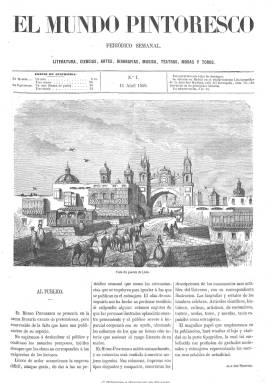
Título: El Mundo pintoresco
Otros títulos: Mundo pintoresco, ilustración española
Colección: Semanarios de amenidades || Cultura
Ámbito geográfico: Madrid
Lugar de publicación: Madrid
Fechas: 11/04/1858-30/12/1860

Subtitulado “periódico semanal: literatura, ciencias, artes, biografías, música, teatros, modas y toros”, es una revista ilustrada que comienza a publicarse el 11 de abril de 1858, dirigida y editada por Juan José Martínez, de cuya imprenta y litografía salía todos los domingos en números de ocho páginas, acompañada, generalmente, de un suplemento de otras cuatro páginas con información de actualidad sobre los salones y teatros, un boletín de noticias y anuncios comerciales, así como de una litografía.

Además de las materias que señala bajo su título, publica también artículos históricos y de costumbres, además de otros de viajes, geografía y naturaleza, bibliográficos y de adelantos técnicos, acompañados de grabados de paisajes, vistas de ciudades, monumentos, retratos de personalidades, tipos y estampas costumbristas tanto españolas como americanas, filipinas y europeas, y algún plano. Destacan sus grabados sobre Madrid. Otros proceden principalmente de revistas francesas y alemanas. También inserta artículos de creación literaria, especialmente narraciones y composiciones poéticas.

Un buen número de los literatos españoles del momento firman sus textos, entre los que se encuentran Francisco Pi y Margall y Ramón Rodríguez Correa (1835-894). Su colección la forman tres volúmenes, con un índice de materias y de láminas cada uno. Publica su último número el 30 de diciembre de 1860, siendo absorbida por El mundo militar (1859-1965), una revista también ilustrada de carácter misceláneo o enciclopédico en donde abundan los temas sobre la milicia.